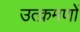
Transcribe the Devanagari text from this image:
उत्क्रमणों